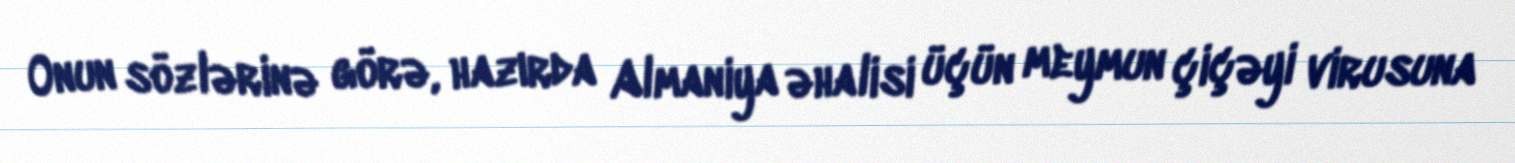
Onun sözlərinə görə, hazırda Almaniya əhalisi üçün meymun çiçəyi virusuna